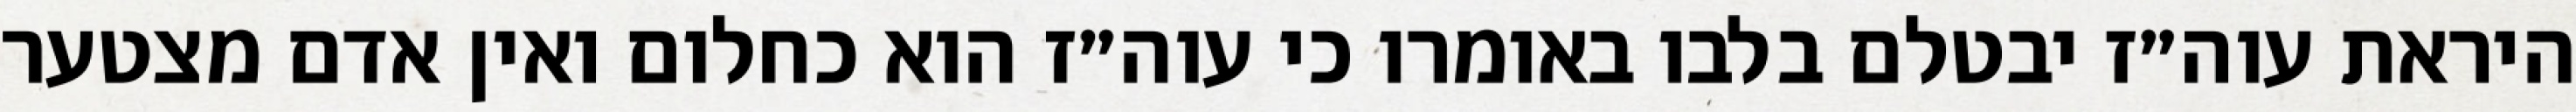
היראת עוה״ז יבטלם בלבו באומרו כי עוה״ז הוא כחלום ואין אדם מצטער